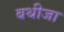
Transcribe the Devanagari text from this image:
बथीजा